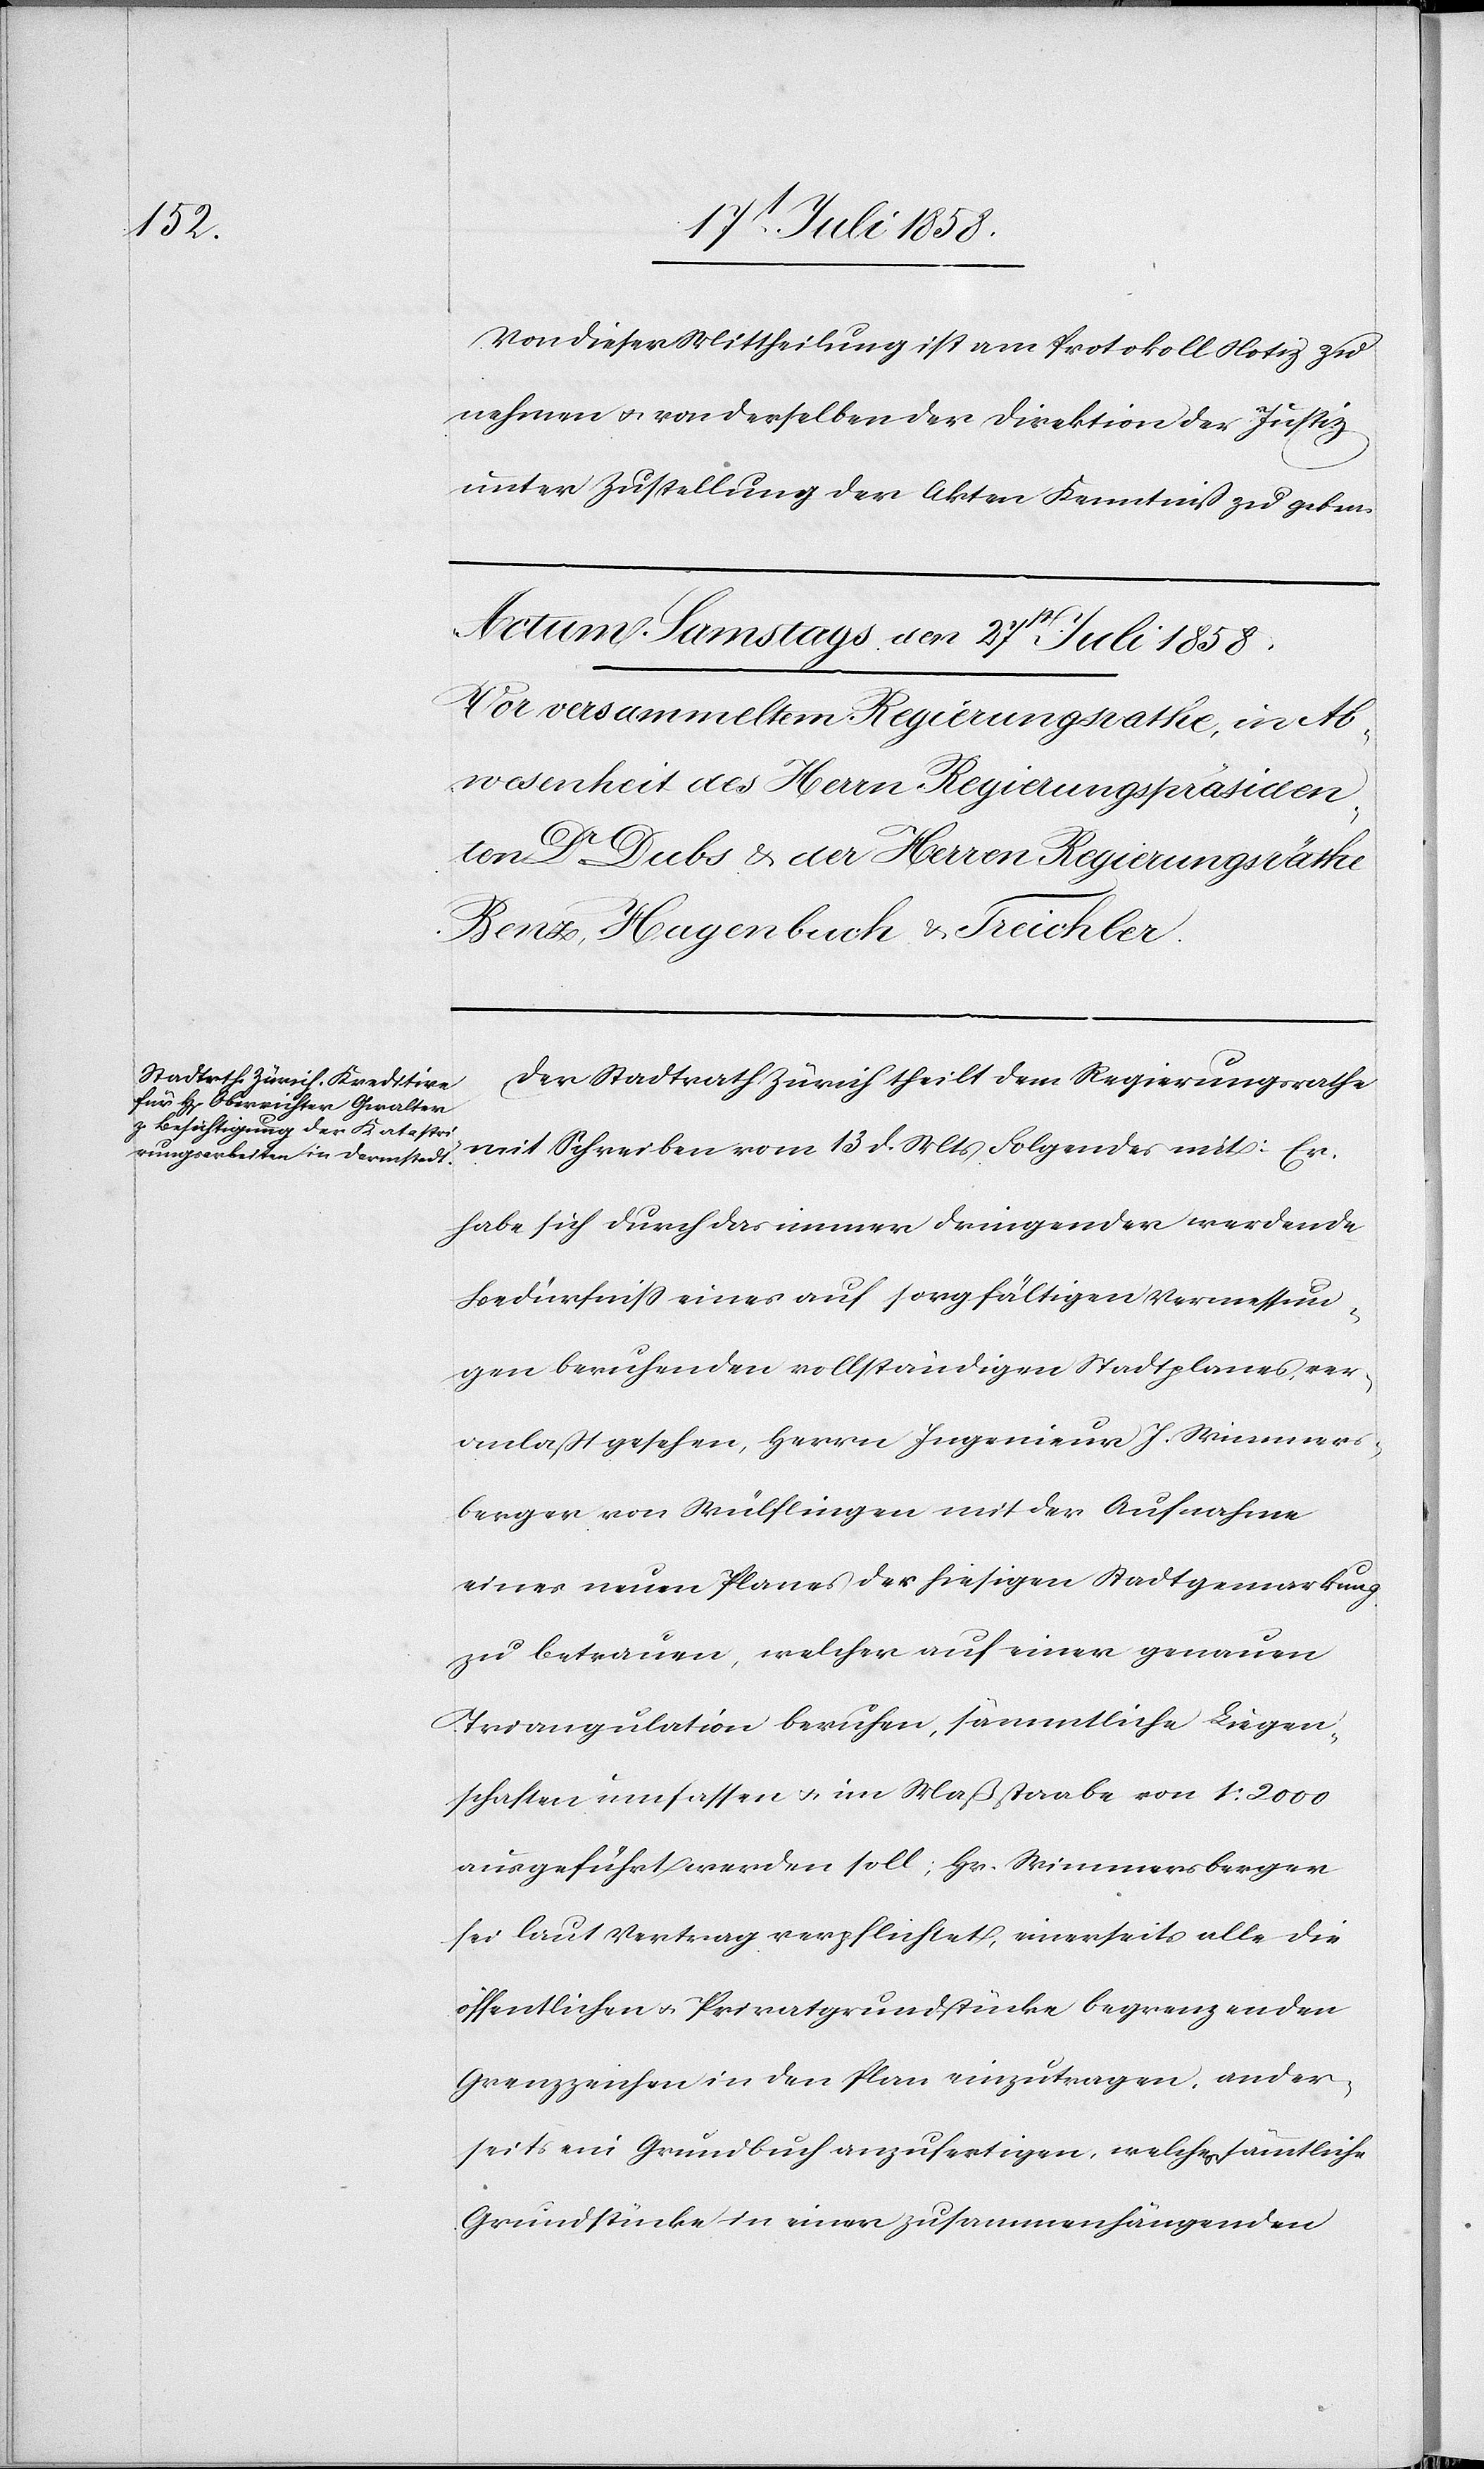
Von dieser Mittheilung ist am Protokoll Notiz zu
nehmen & von derselben der Direktion der Justiz
unter Zustellung der Akten Kenntniß zu geben.
Der Stadtrath Zürich theilt dem Regierungsrathe
mit Schreiben vom 13 d. Mts Folgendes mit: Er
habe sich durch das immer dringender werdende
Bedürfniss eines auf sorgfältigen Vermessun¬
gen beruhenden vollständigen Stadtplanes, ver¬
anlaßt gesehen, Herrn Ingenieur J. Wimmers¬
berger von Wülflingen mit der Aufnahme
eines neuen Planes der hiesigen Stadtgemarkung
zu betrauen, welcher auf einer genauen
Triangulation beruhen, sämmtliche Liegen¬
schaften umfassen & im Maßstaabe von 1:2000
ausgeführt werden soll; Hr. Wimmersberger
sei laut Vertrag verpflichtet, einerseits alle die
öffentlichen & Privatgrundstücke begrenzenden
Grenzzeichen in den Plan einzutragen, ander¬
seits ein Grundbuch anzufertigen, welches sämmtliche
Grundstücke in einer zusammenhängenden